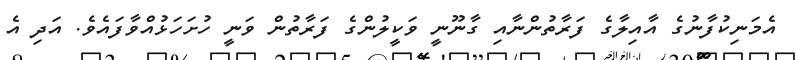
އެމަނިކުފާނުގެ އާއިލާގެ ފަރާތުންނާއި ގާނޫނީ ވަކީލުންގެ ފަރާތުން ވަނީ ހުށަހަޅުއްވާފައެވެ. އަދި އެ